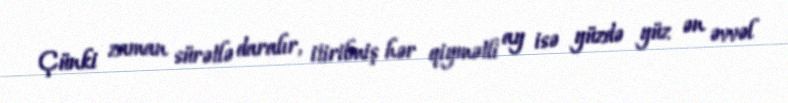
Çünki zaman sürətlə daralır, itirilmiş hər qiymətli ay isə yüzdə yüz ən əvvəl